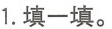
1.填一填。